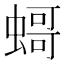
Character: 𧎺